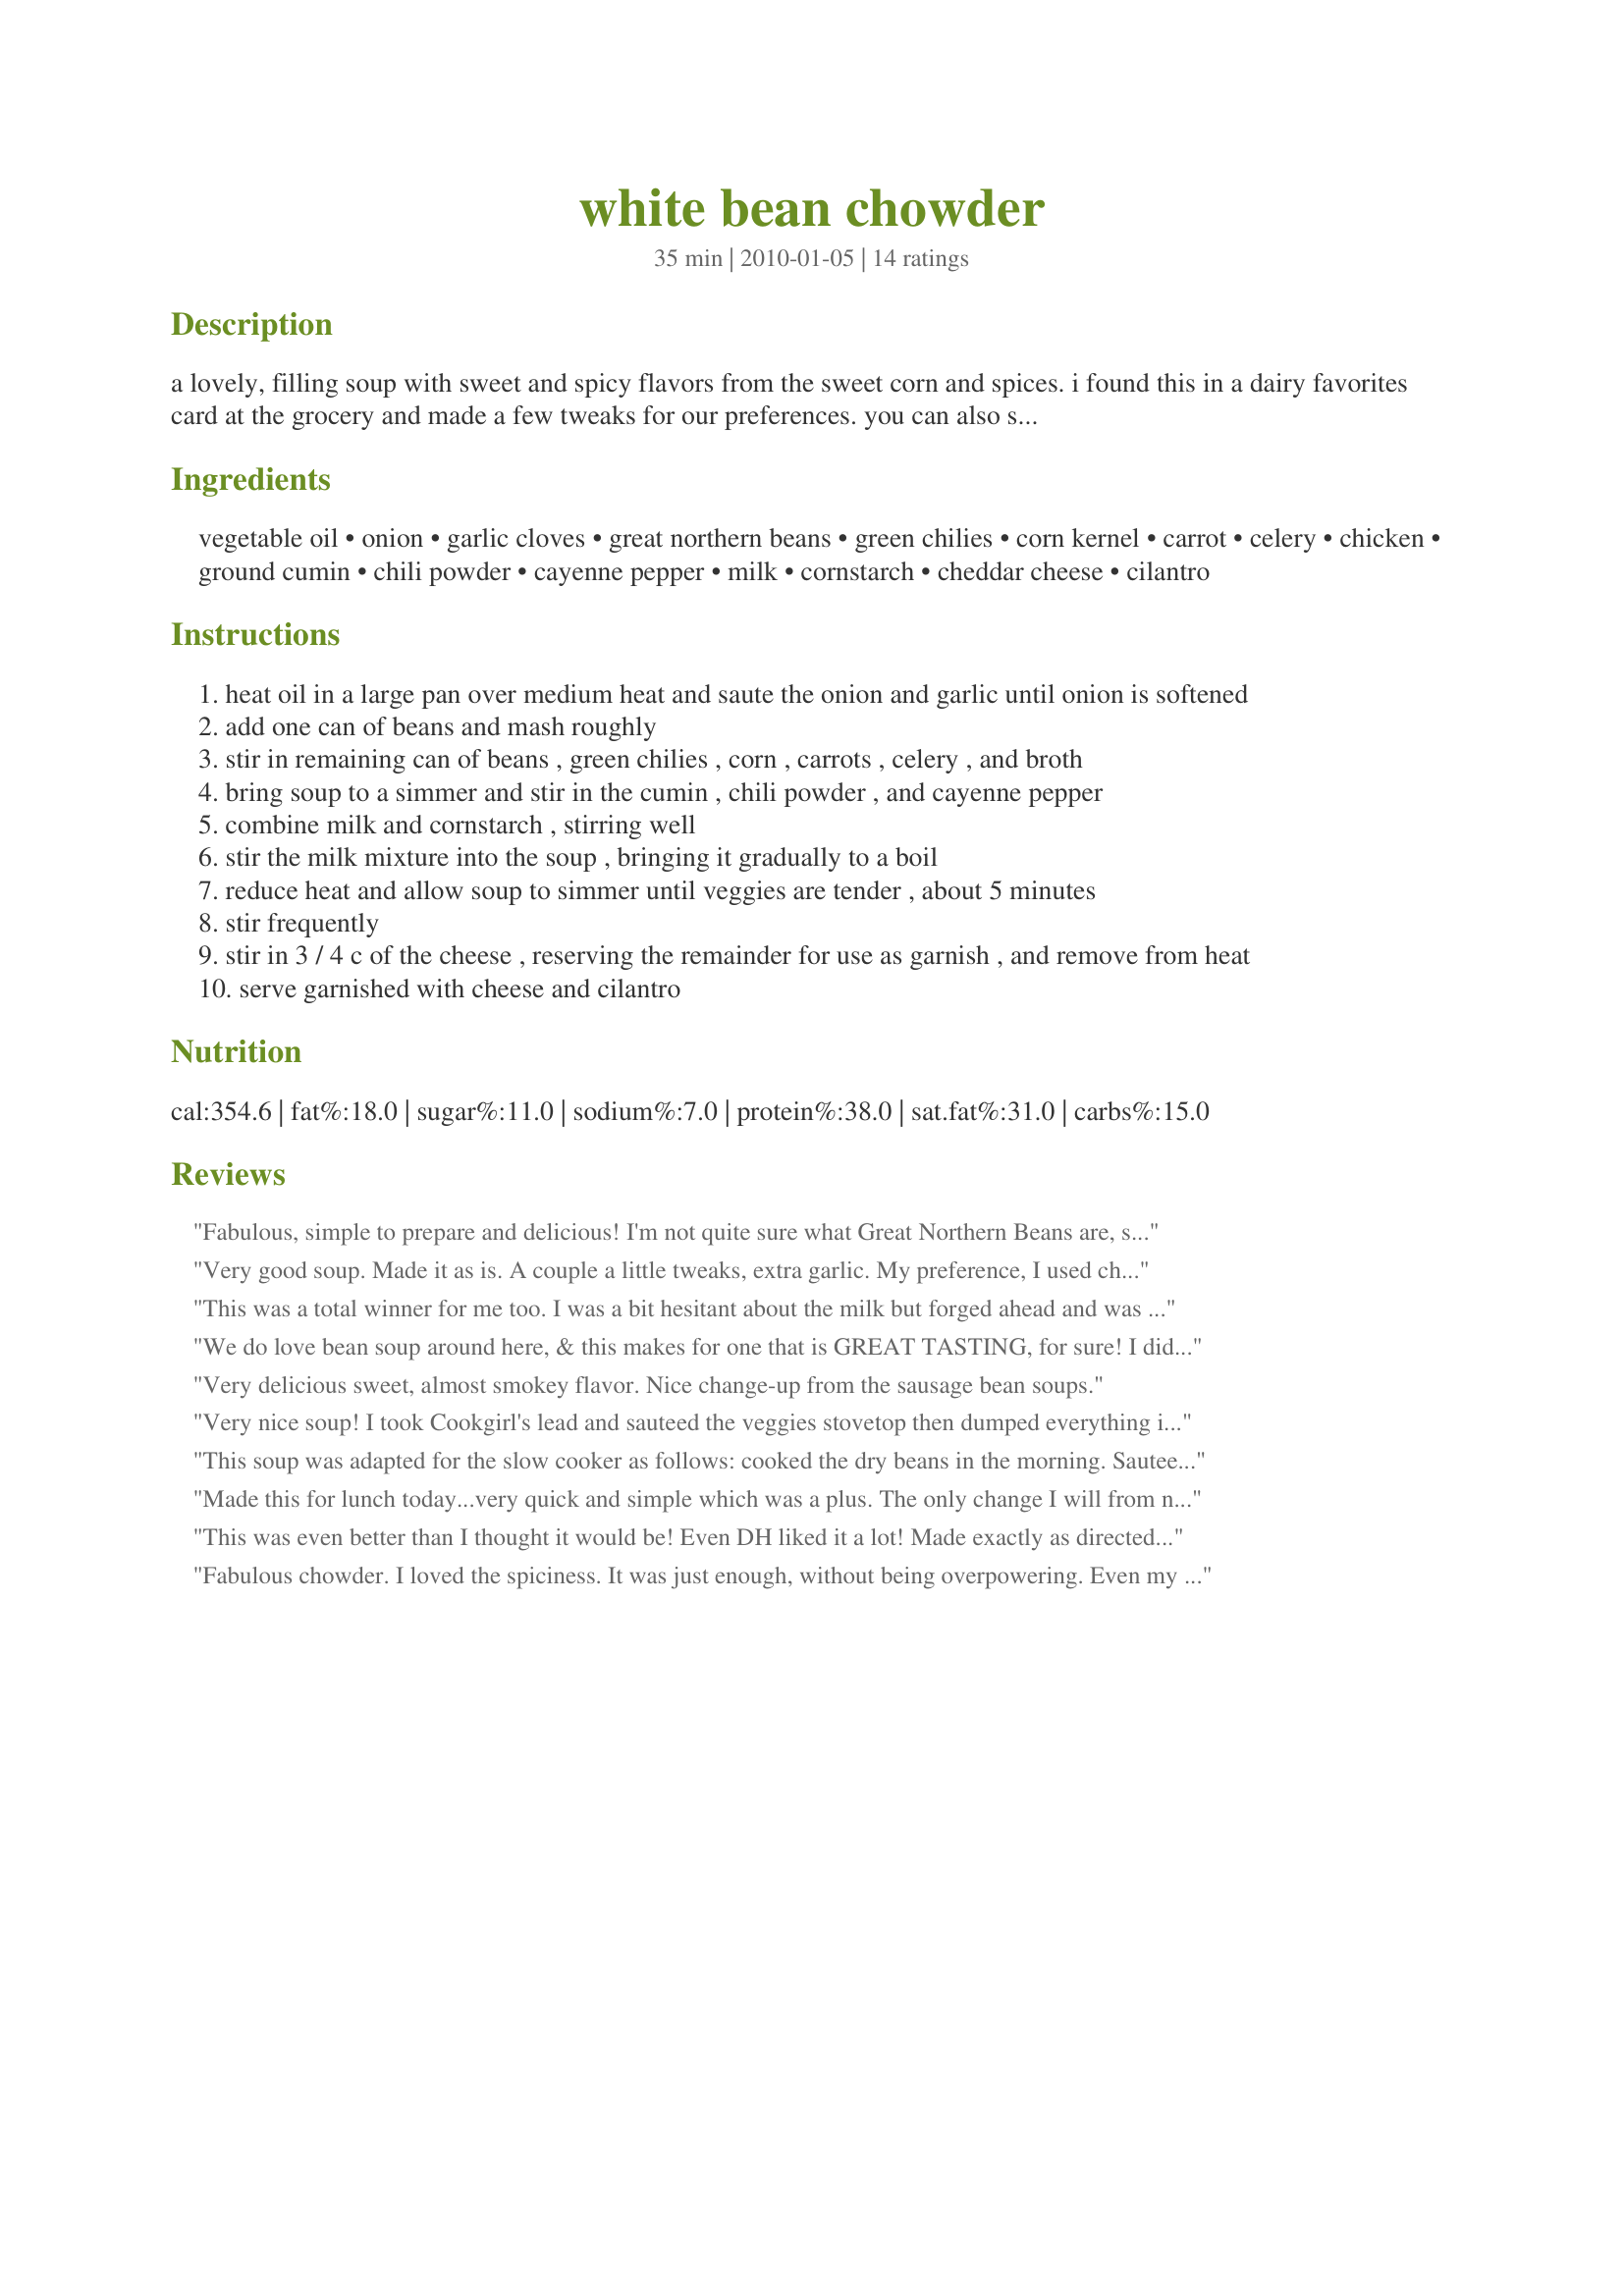
white bean chowder
Preparation time: 35 minutes

a lovely, filling soup with sweet and spicy flavors from the sweet corn and spices. i found this in a dairy favorites card at the grocery and made a few tweaks for our preferences. you can also sub white cannellini beans for the great northern - i just find it easier to locate the great northerns in my area.

Ingredients:
vegetable oil, onion, garlic cloves, great northern beans, green chilies, corn kernel, carrot, celery, chicken, ground cumin, chili powder, cayenne pepper, milk, cornstarch, cheddar cheese, cilantro

Steps:
heat oil in a large pan over medium heat and saute the onion and garlic until onion is softened
add one can of beans and mash roughly
stir in remaining can of beans , green chilies , corn , carrots , celery , and broth
bring soup to a simmer and stir in the cumin , chili powder , and cayenne pepper
combine milk and cornstarch , stirring well
stir the milk mixture into the soup , bringing it gradually to a boil
reduce heat and allow soup to simmer until veggies are tender , about 5 minutes
stir frequently
stir in 3 / 4 c of the cheese , reserving the remainder for use as garnish , and remove from heat
serve garnished with cheese and cilantro

Reviews:
Fabulous, simple to prepare and delicious! I'm not quite sure what Great Northern Beans are, so I used butter beans, which worked very well. I also didn't have celery, altho I thought I had, so
I used zucchini instead - otherwise, exactly as per recipe. Using vegetable broth.
We very much enjoyed this thick, nourishing, easy to prepare soup, fabulous when I come home from work, this is a definite make-again for me.

Made for veg*n swap#19, thank you, Starrynews!
Very good soup. Made it as is. A couple a little tweaks, extra garlic. My preference, I used chicken broth vs veggie, but you mentioned either. I used white cheddar again because I had it on hand, but no difference in taste and I used 1/2 cream, and 1/2 milk because the milk I had was 2%. It worked out fine. And the carrot, I just fine diced, but again no change in flavor. I used cannellini vs great northern, but either or, basic same flavor and texture; besides that way I didn't have to go to the store. I loved it, very hearty, great flavors that all blended very nicely. Loved the cumin, spice and the cilantro to finish it off.<br/><br/>I did do mine stove top as I was in a hurry, but sauteed the veggies, added the broth beans, seasoning and just simmered. Very very easy to put together.<br/><br/>I will definitely be making this again. I love to have an all veggie soup sometimes for a change. It was excellent!!
This was a total winner for me too. I was a bit hesitant about the milk but forged ahead and was glad that I did. It made a soup that has a very mild Southwestern influence and is smooth and creamy tasting. I used navy beans, veggie broth and a med cheddar. If you like something with a bit more bite just increase the Cayenne.
We do love bean soup around here, & this makes for one that is GREAT TASTING, for sure! I did follow the recipe, with but one exception ~ I added a can of cream corn & thought that worked well! I particularly liked the inclusion of the green chilies & garlic! A very nice keeper of a recipe! [Tagged, made & reviewed for my chosen chef in the Vegetarian/Vegan Recipe Swap 19]
Very delicious sweet, almost smokey flavor. Nice change-up from the sausage bean soups.
Very nice soup! I took Cookgirl's lead and sauteed the veggies stovetop then dumped everything in the crockpot for about 3 hours on low. I then put it on the stove again and brought it to a boil then simmered for about 5 minutes to get it really thick. The only sub I made was to use lowfat Velveeta for the cheddar. I also added salt and some Trader Joe's 21 Seasoning Salute for extra flavor at the end. I ended up using 3 cans of beans instead of 1 and next time I would add more carrots too. I HIGHLY recommend making this a day ahead to give it time for the flavors to develop fully - it is SO much better on day two!!! Hubby actually went back for seconds. Served this with a side of garlic bread topped with goat cheese/tomato and broiled. Thanks for posting!
This soup was adapted for the slow cooker as follows: cooked the dry beans in the morning. Sauteed onion, garlic and celery in a small amount of olive oil. Added all ingredients except for can of green chilies to the pot and cooked on LOW 4 1/2 hours. Milk was added the last ten minutes of cooking and heated through. Fresh chilies were sliced up and served on the side along with Recipe #212782. Reviewed for Veg Swap #19.
Made this for lunch today...very quick and simple which was a plus. The only change I will from now on is to leave out the carrot and celery as we all felt they didn't blend well with the seasonings. This will become a regular on our winter lunch rotation because of the ease...which makes it an ideal meal for our busy homeschool schedule. Made and Reviewed for the Feb-Mar 2010/Special Event Potluck Tag Game
This was even better than I thought it would be! Even DH liked it a lot! Made exactly as directed using white cannellini beans since I couldn't find great northern beans and wouldn't change another thing. Thanks, StarryNews! Made for Veggie Recipe Swap 29, December 2010.
Fabulous chowder. I loved the spiciness. It was just enough, without being overpowering. Even my kids, who don't typically like beans, ate this soup and talked about how good it was. I'm packing some of the leftovers for my lunch today! Made as is and it was perfect. Thanks!
Easy, warm, filling. I made this on a snowy, cold day, paired with cornbread muffins. I adapted it for dried beans; I didn't have any carrot; and I subbed 1 Tbsp flour for the cornstarch. I didn't add the spices til it had simmered awhile, b/c I ladled out some for my toddler before spicing it up. I'd make this again.
This was yummy! I didn't add the milk - I was almost out and need it for the kiddos cereal! But we added sour cream or doritos to our bowls and it was very good. Thanks for sharing, this is a keeper!
Great taste and easy to make. If you don't have a lot of time, get Mirepoix (a mix of chopped carrots, onions, and celery) either in the produce or frozen vegetables section. Then you only need to throw everything together, a matter of minutes.<br/>And I just realized another advantage...this recipe can be low-sodium. There is some salt in the beans and cheese but when you rinse the beans that removes some of the salt. Just use low-sodium broth and you're on your way!
This was really good. We had the odd craving to put peanuts on it, and it actually worked nicely! I also cut the cayenne in half.
